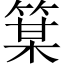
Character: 𫂋